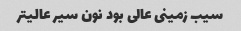
سیب زمینی عالی بود نون سیر عالیتر